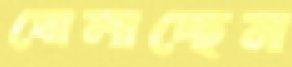
ঘোলাচ্ছেন